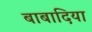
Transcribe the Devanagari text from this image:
बाबादिया